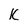
Character: k